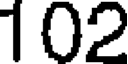
102